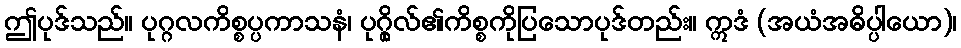
ဤပုဒ်သည်။ ပုဂ္ဂလကိစ္စပ္ပကာသနံ၊ ပုဂ္ဂိုလ်၏ကိစ္စကိုပြသောပုဒ်တည်း။ ဣဒံ (အယံအဓိပ္ပါယော)၊